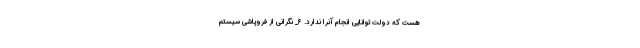
هست که دولت توانایی انجام آنرا ندارد. ۶_ نگرانی از فروپاشی سیستم